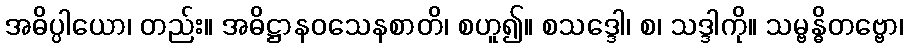
အဓိပ္ပါယော၊ တည်း။ အဓိဋ္ဌာနဝသေနစာတိ၊ စဟူ၍။ စသဒ္ဒေါ၊ စ၊ သဒ္ဒါကို။ သမ္ဗန္ဓိတဗ္ဗော၊